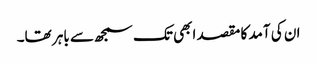
ان کی آمد کا مقصد ابھی تک سمجھ سے باہر تھا۔